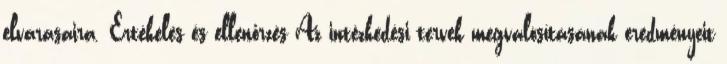
elvárásaira. Értékelés és ellenőrzés Az intézkedési tervek megvalósításának eredményeit